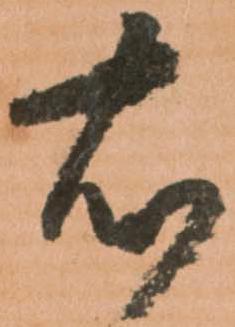
右